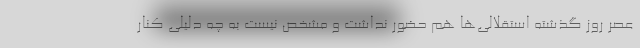
عصر روز گذشته استقلالی‌ها هم حضور نداشت و مشخص نیست به چه دلیلی کنار